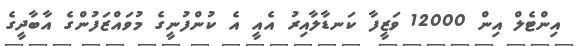
އިންޓެލް އިން 12000 ވަޒީފާ ކަނޑާލާއިރު އެއީ އެ ކުންފުނީގެ މުވައްޒަފުންގެ އާބާދީގެ